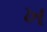
ખ